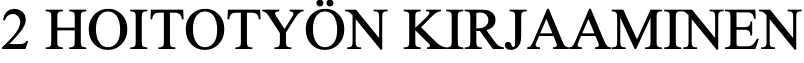
2 HOITOTYÖN  KIRJAAMINEN